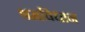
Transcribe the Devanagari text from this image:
श्रमविधान